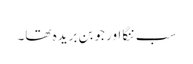
سب ننگا اور جوبن بریدہ تھا۔